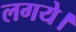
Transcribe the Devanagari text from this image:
लगये।